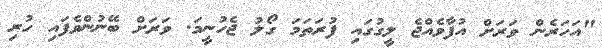
"އަހަރެން ވަރަށް އުފާވެއްޖެ ލީގުގައި ފުރަތަމަ ގޯލު ޖެހުނީމަ. ވަރަށް ބޭނުންވެފައި ހުރި